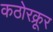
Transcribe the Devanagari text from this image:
कठोरक्रूर